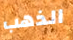
الذهب